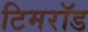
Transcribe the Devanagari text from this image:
टिमरॉड